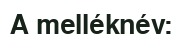
A melléknév: